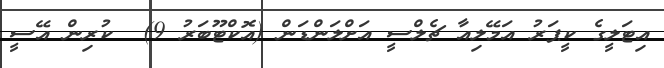
އިޓަލީގެ ކީޕަރު އަމޭލިއާ ޗެލްސީ އަށްލަންޑަން (އޮކްޓޫބަރު 9)  ކުރިން އޭސީ